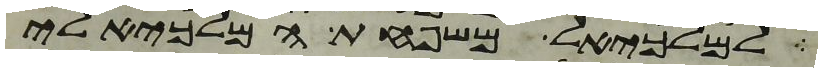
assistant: למלכיאל משפחת המלכיאלי